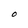
Character: O